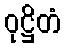
ဝုဋ္ဌိတံ